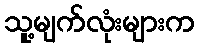
သူ့မျက်လုံးများက